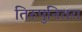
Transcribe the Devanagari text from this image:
तिरुपुनितरा